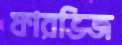
ফারভিজ